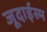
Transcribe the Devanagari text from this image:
जूदाईस्म